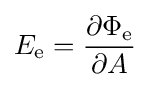
E_{\mathrm {e} }={\frac {\partial \Phi _{\mathrm {e} }}{\partial A}}